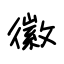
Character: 徽